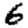
Digit: 6